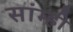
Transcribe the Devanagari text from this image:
सांम्ही